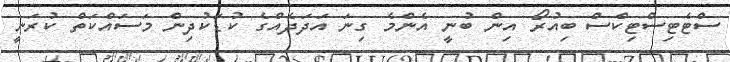
ސްޓެޓިސްޓިކްސް ބިއުރޯ އިން ބުނީ އެންމެ ގިނަ އަދަދެއްގެ ކުޑަކުދިން މަސައްކަތް ކުރަނީ